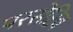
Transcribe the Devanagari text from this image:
परसेप्टिव